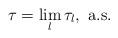
LaTeX: \begin{align*} \tau = \lim_l \tau_l,\textrm{ a.s.}\end{align*}